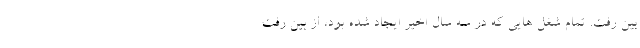
بین رفت. تمام شغل هایی که در سه سال اخیر ایجاد شده بود، از بین رفت